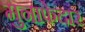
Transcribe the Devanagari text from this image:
मुनाफेदार